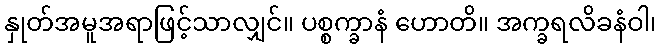
နှုတ်အမူအရာဖြင့်သာလျှင်။ ပစ္စက္ခာနံ ဟောတိ။ အက္ခရလိခနံဝါ၊